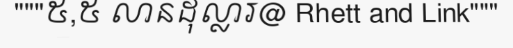
"""៥,៥ លានដុល្លារ@ Rhett and Link"""